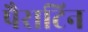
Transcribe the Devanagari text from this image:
पैराटिन